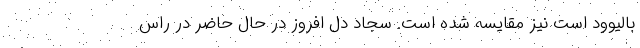
بالیوود است نیز مقایسه شده است. سجاد دل افروز در حال حاضر در راس